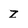
Character: Z